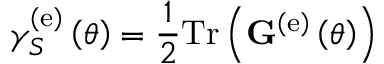
\gamma _ { S } ^ { \left( \mathrm { e } \right) } \left( \theta \right) = \frac { 1 } { 2 } \mathrm { T r } \left( { \bf G } ^ { \left( \mathrm { e } \right) } \left( \theta \right) \right)